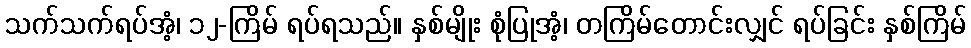
သက်သက်ရပ်အံ့၊ ၁၂-ကြိမ် ရပ်ရသည်။ နှစ်မျိုး စုံပြုအံ့၊ တကြိမ်တောင်းလျှင် ရပ်ခြင်း နှစ်ကြိမ်